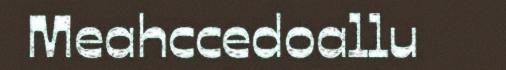
Meahccedoallu